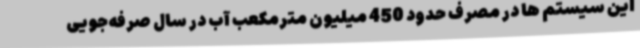
این سیستم ها در مصرف حدود 450 میلیون مترمکعب آب در سال صرفه‌جویی